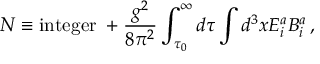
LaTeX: N \equiv \mathrm { i n t e g e r } \; + \frac { g ^ { 2 } } { 8 \pi ^ { 2 } } \int _ { \tau _ { 0 } } ^ { \infty } d \tau \int d ^ { 3 } x E _ { i } ^ { a } B _ { i } ^ { a } \, ,